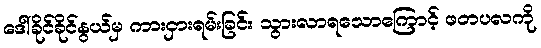
ဒေါ်ခိုင်ခိုင်နွယ်မှ ကားငှားရမ်းခြင်း သွားလာရသောကြောင့် ဖတပလကို